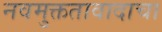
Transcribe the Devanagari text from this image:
नवमुक्ततावादाचा